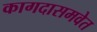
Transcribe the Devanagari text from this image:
कागदासमवेत